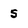
Character: 5